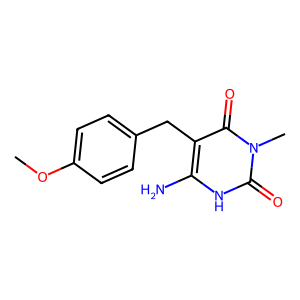
SMILES: COc1ccc(Cc2c(N)[nH]c(=O)n(C)c2=O)cc1
Inhibits HIV replication: No